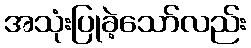
အသုံးပြုခဲ့သော်လည်း